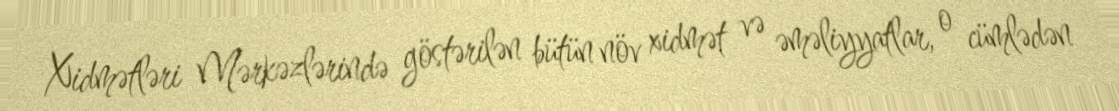
Xidmətləri Mərkəzlərində göstərilən bütün növ xidmət və əməliyyatlar, o cümlədən